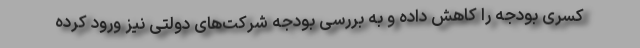
کسری بودجه را کاهش داده و به بررسی بودجه شرکت‌های دولتی نیز ورود کرده